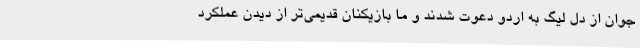
جوان از دل لیگ به اردو دعوت شدند و ما بازیکنان قدیمی‌تر از دیدن عملکرد